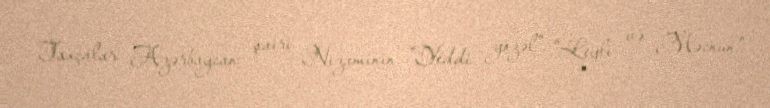
Taxçalar Azərbaycan şairi Nizaminin "Yeddi gözəl", "Leyli və Məcnun"